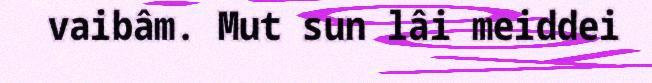
vaibâm. Mut sun lâi meiddei